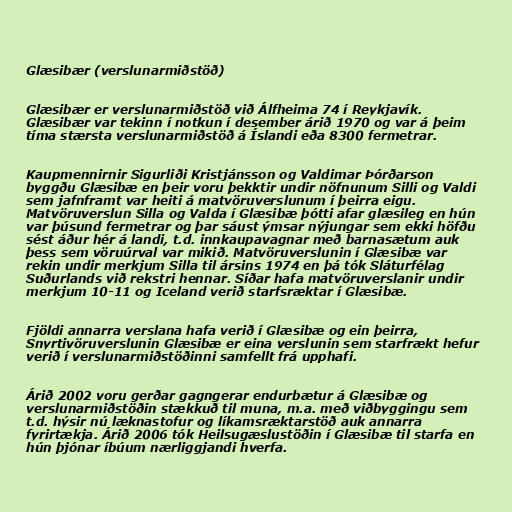
Glæsibær (verslunarmiðstöð)

Glæsibær er verslunarmiðstöð við Álfheima 74 í Reykjavík.
Glæsibær var tekinn í notkun í desember árið 1970 og var á þeim
tíma stærsta verslunarmiðstöð á Íslandi eða 8300 fermetrar.

Kaupmennirnir Sigurliði Kristjánsson og Valdimar Þórðarson
byggðu Glæsibæ en þeir voru þekktir undir nöfnunum Silli og Valdi
sem jafnframt var heiti á matvöruverslunum í þeirra eigu.
Matvöruverslun Silla og Valda í Glæsibæ þótti afar glæsileg en hún
var þúsund fermetrar og þar sáust ýmsar nýjungar sem ekki höfðu
sést áður hér á landi, t.d. innkaupavagnar með barnasætum auk
þess sem vöruúrval var mikið. Matvöruverslunin í Glæsibæ var
rekin undir merkjum Silla til ársins 1974 en þá tók Sláturfélag
Suðurlands við rekstri hennar. Síðar hafa matvöruverslanir undir
merkjum 10-11 og Iceland verið starfsræktar í Glæsibæ.

Fjöldi annarra verslana hafa verið í Glæsibæ og ein þeirra,
Snyrtivöruverslunin Glæsibæ er eina verslunin sem starfrækt hefur
verið í verslunarmiðstöðinni samfellt frá upphafi.

Árið 2002 voru gerðar gagngerar endurbætur á Glæsibæ og
verslunarmiðstöðin stækkuð til muna, m.a. með viðbyggingu sem
t.d. hýsir nú læknastofur og líkamsræktarstöð auk annarra
fyrirtækja. Árið 2006 tók Heilsugæslustöðin í Glæsibæ til starfa en
hún þjónar íbúum nærliggjandi hverfa.